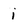
Character: i